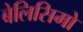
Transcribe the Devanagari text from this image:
बेलिसिमो